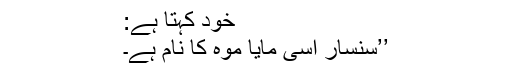
خود کہتا ہے:
’’سنسار اسی مایا موہ کا نام ہے۔